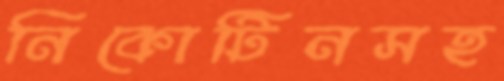
নিকোটিনসহ